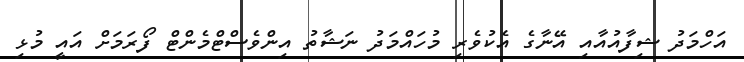
އަހްމަދު ޝިފާއުއާއި އޭނާގެ އެކުވެރި މުހައްމަދު ނަޝާތު އިންވެސްޓްމެންޓް ފޯރަމަށް އައީ މުޅި